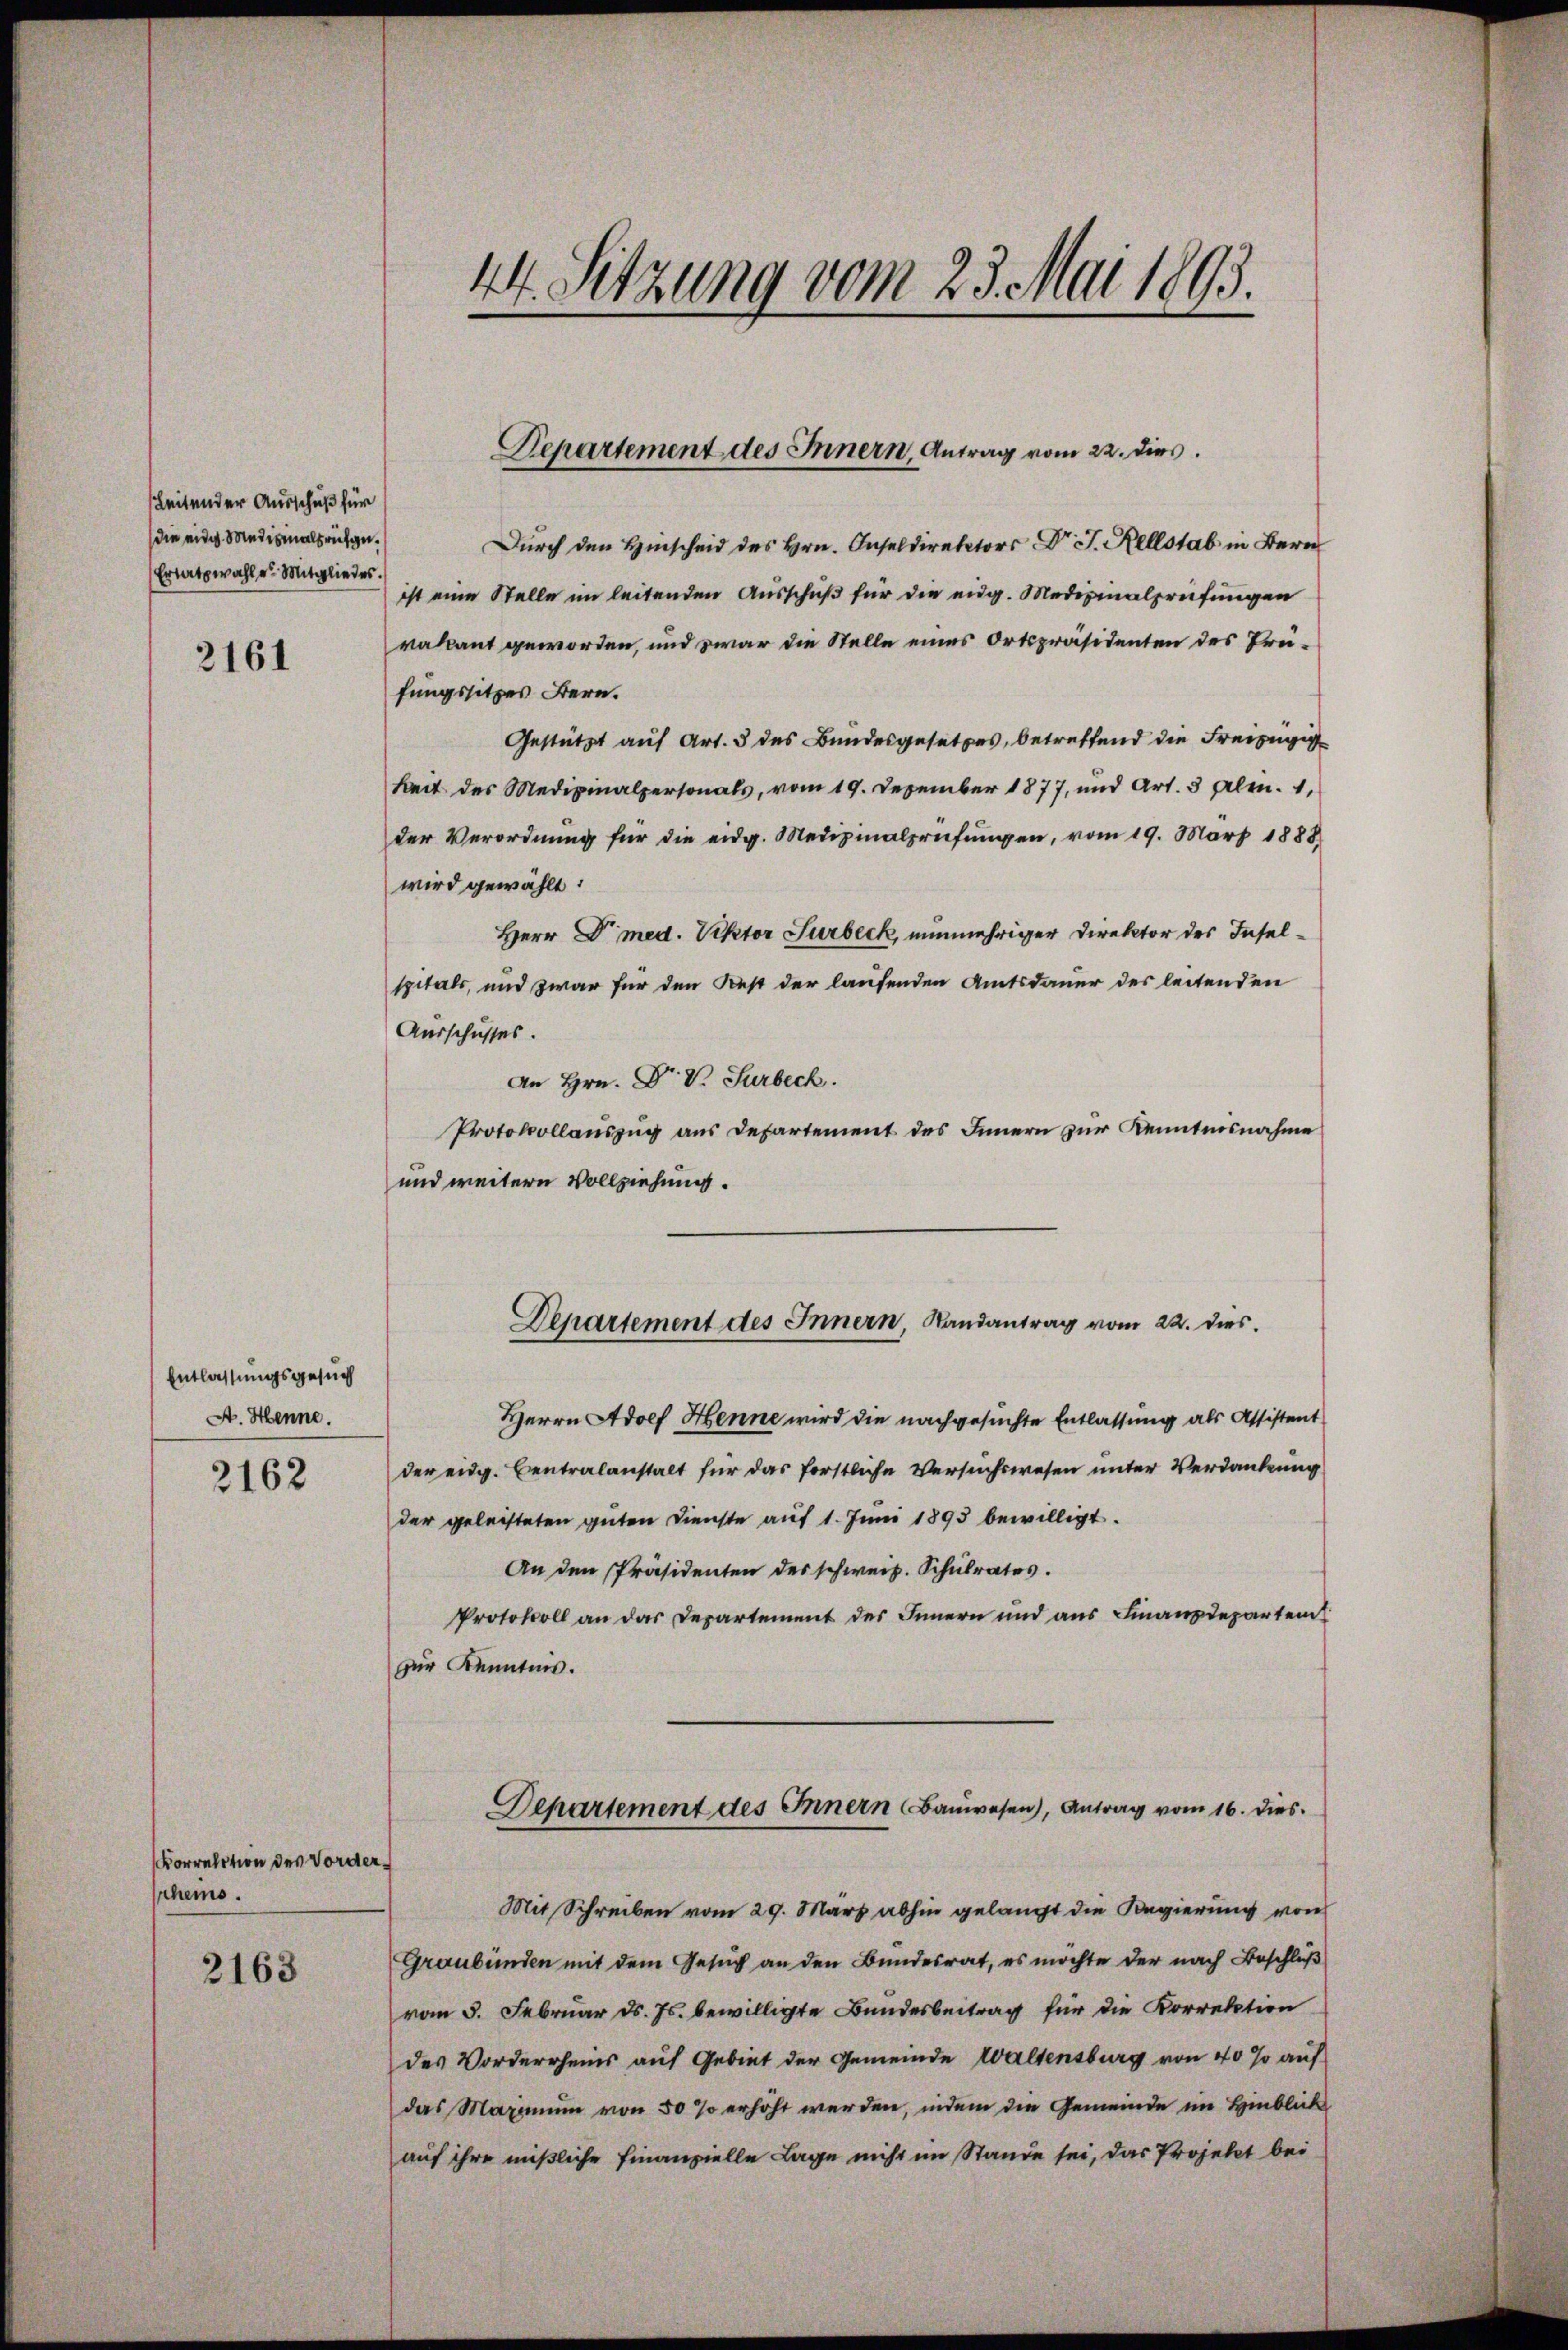
Leitender Ausschuß für
die eidg. Medizinalprufge¬
Ersatzwahler Mitgliedes.

3161

Entlassungsgesuch
A. Henne.

2162

Korrelation des Vorderhems.

2163

Durch den Hinscheid des Hrn. Inseldirektors Dr J. Rellstab in Bern
ist eine Stelle im leitenden Ausschuß für die eidg. Medizinalprüfungen
vakant geworden, und zwar die Stelle eines Ortspräsidenten des Prüfungssitzes Bern.
Gestützt auf Art. 3 des Bundesgesetzes, betreffend die Freizügige
keit des Medizinalpersonals, vom 19. Dezember 1877, und Art. 3 gelen. 1,
der Verordnung für die eidg. Medizinalprüfŭngen, vom 19. März 1888
wird gewählt:
Herr Dr. med. Rektor Surbeck, nunmehriger Direktor des Inselspitals, und zwar für den Rest der laufenden Amtsdauer des leitenden
Ausschusses.
An Hrn. Dr. V. Surbeck.
Protokollauszug aus Departement des Innern zur Kenntnisnahme
und weitern Vollziehung.
Departement des Innern, Landantrag vom 22. dies
Herrn Adolf Henne wird die nachgesuchte Entlassung als Assistent
der eidg. Centralanstalt für das forstliche Versuchswesen unter Verdankung
der geleisteten guten Dienste auf 1. Juni 1893 bewilligt.
An den Präsidenten des schweiz. Schulrates.
Protokoll an das Departement des Innern und aus Finanzdepartem
zur Kenntnis.

44. Setzung vom 23. Mai 1893.

Departement des Innern, Antrag vom 22. dies

Mit Schreiben vom 29. März abhin gelangt die Regierung von
Graubünden mit dem Gesuch an den Bundesrat, es möchte der nach Beschluß
vom 5. Februar d. Js. bewilligte Bundesbeitrag für die Korrektion
des Vorderrheins auf Gebiet der Gemeinde Waltensburg von 40 so auf
das Maximum von 50 % erhöht werden, indem die Gemeinde im Hinblick
auf ihre mißliche Finanzielle Lage nicht im Stande sei, das Projekt bei

Separtement des Innern Bauwesen), Antrag vom 16. dies